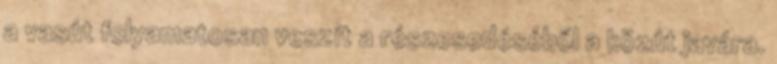
a vasút folyamatosan veszít a részesedéséből a közút javára.